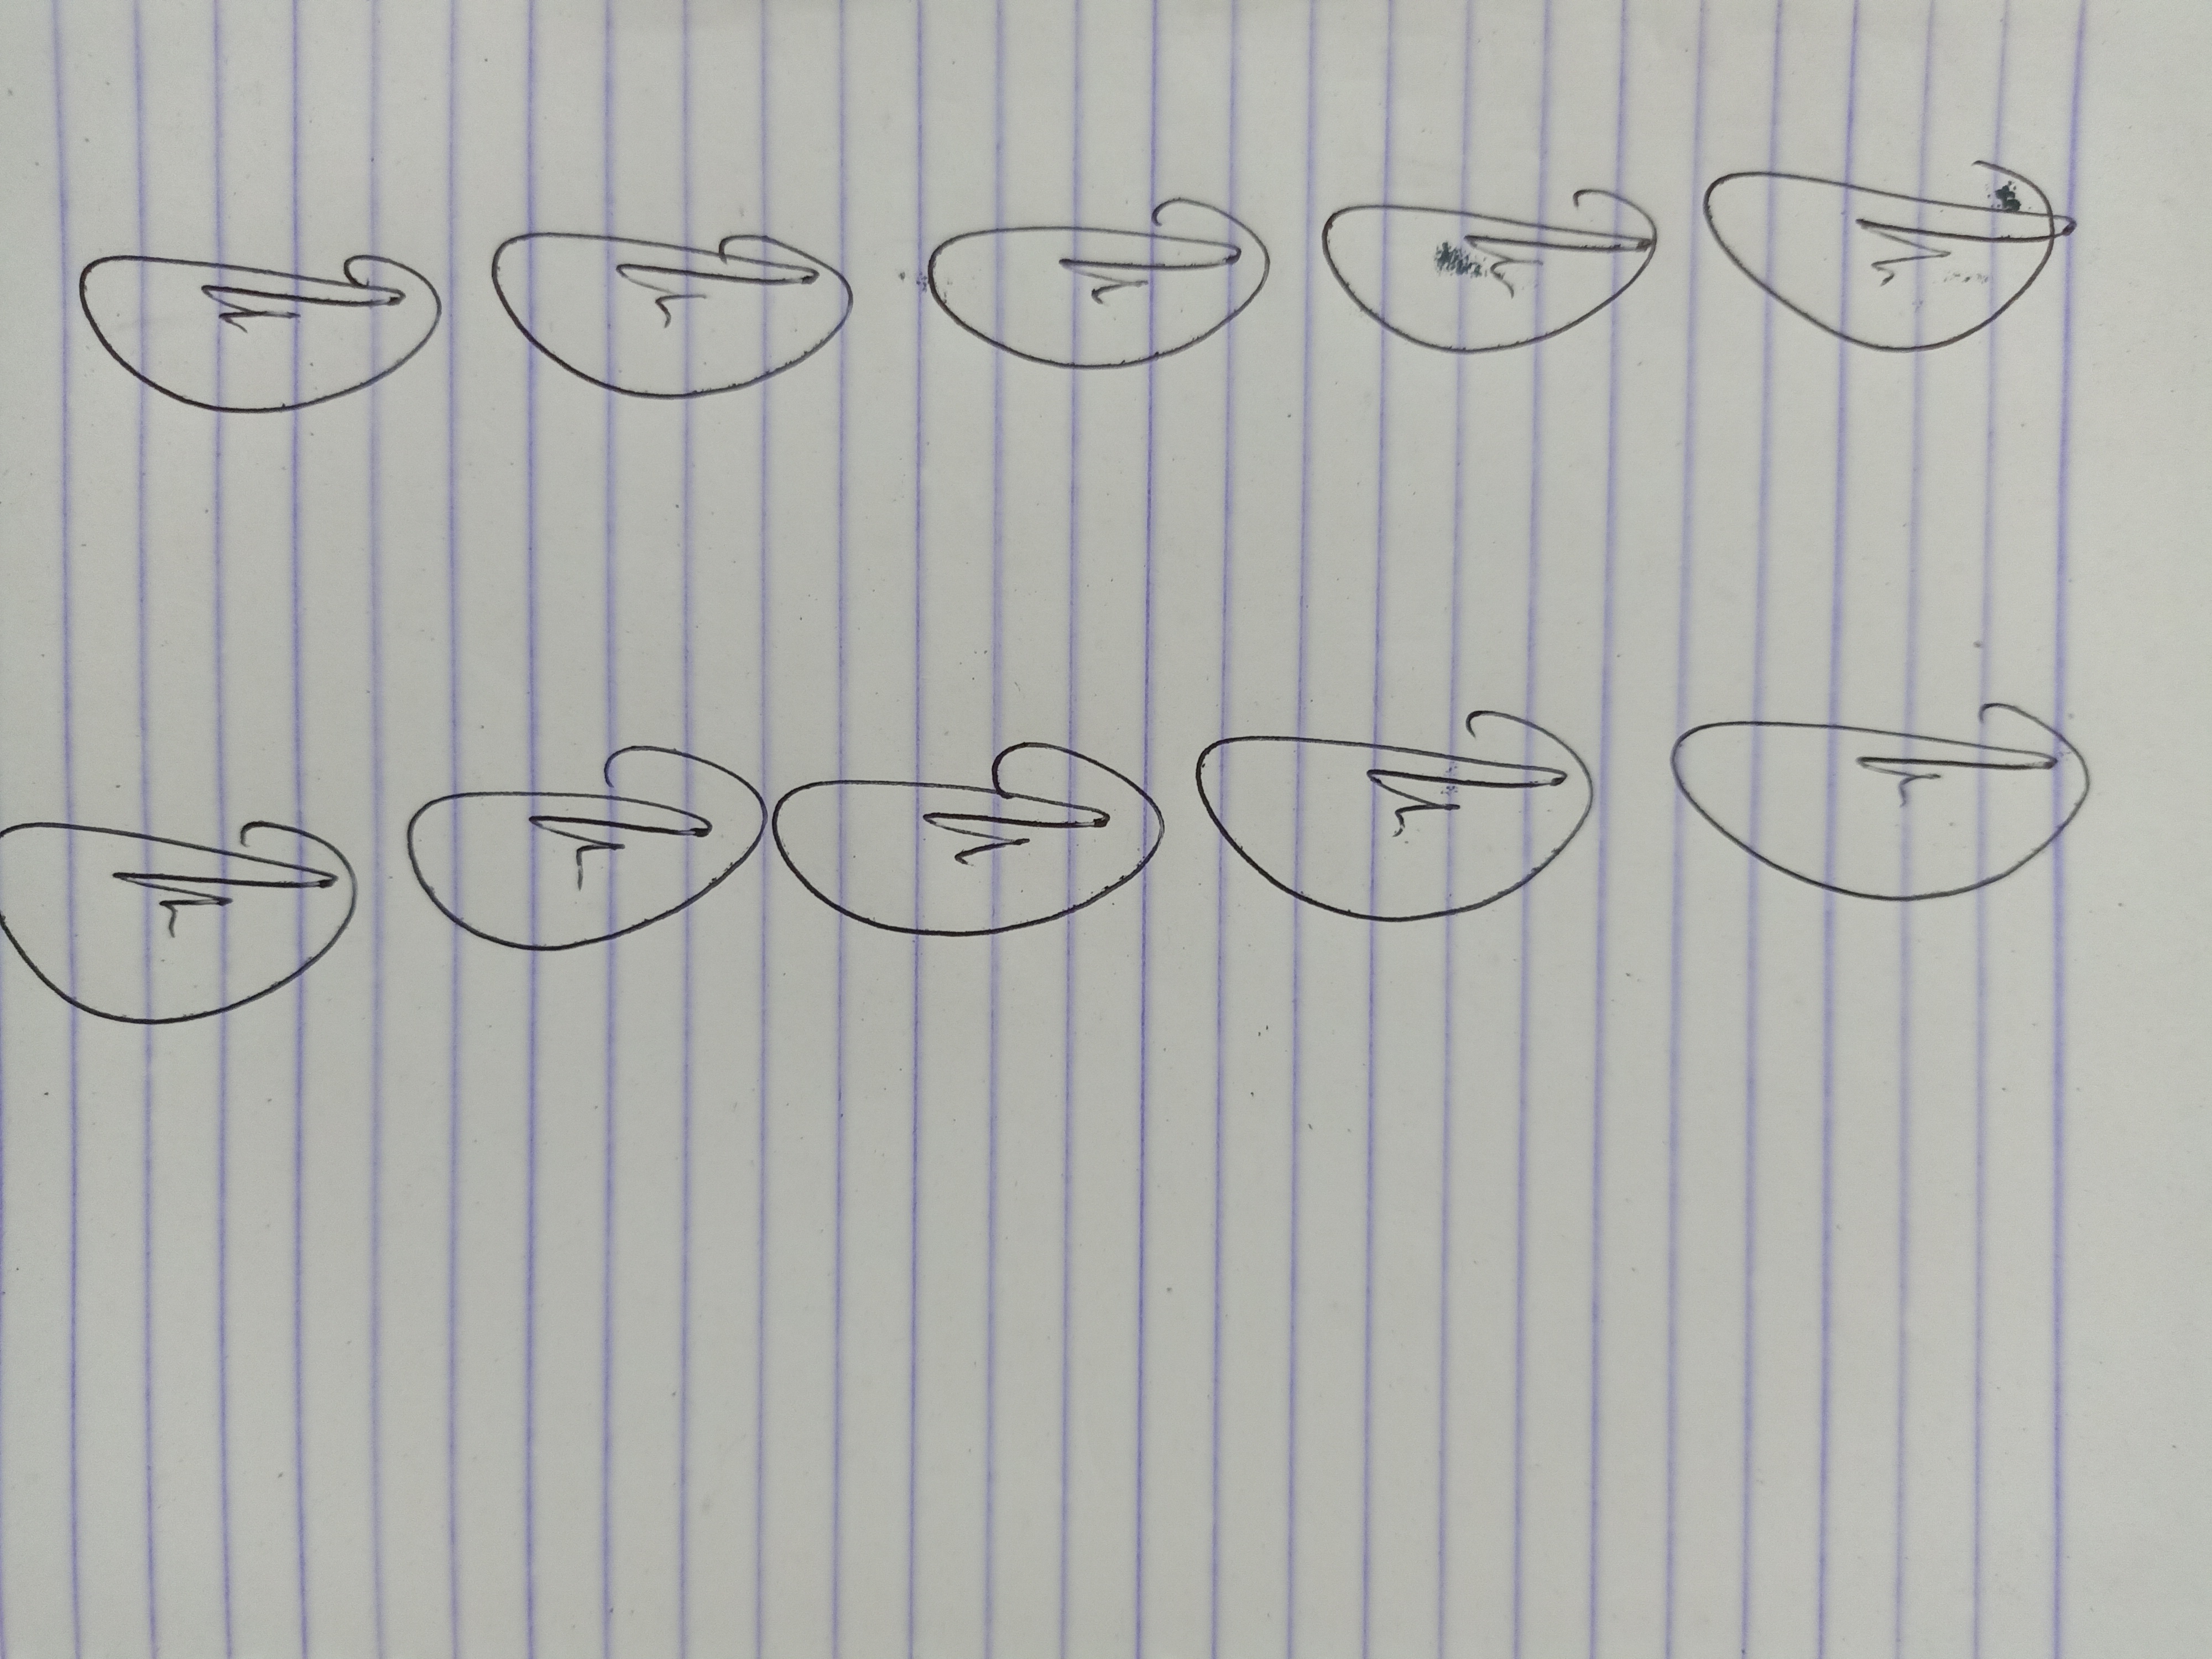
Signature authenticity: genuine